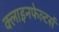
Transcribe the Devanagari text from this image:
क्लाइनफेल्टर्स